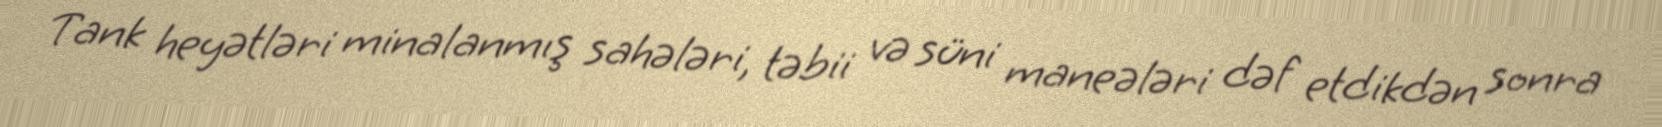
Tank heyətləri minalanmış sahələri, təbii və süni maneələri dəf etdikdən sonra